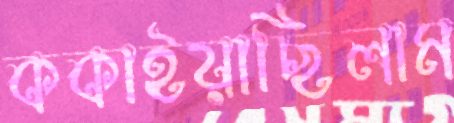
ককাইয়াছিলাম